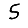
Digit: 5